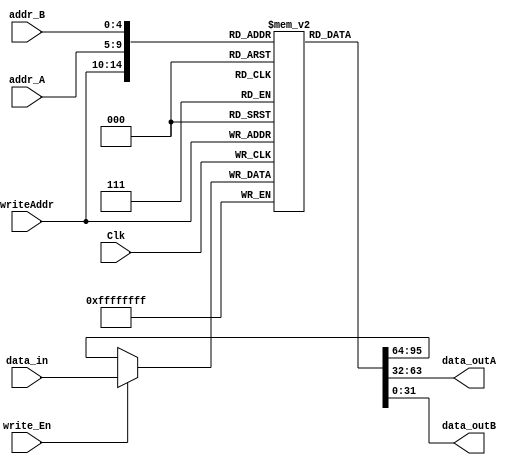
module FP_RegisterFile(data_in, data_outA, data_outB, addr_A, addr_B, writeAddr, write_En, Clk);

    parameter DATA_WIDTH = 32;
    parameter ADDR_WIDTH = 5;

    input   Clk, write_En;
    input   [ADDR_WIDTH - 1:0] addr_A, addr_B, writeAddr;
    input   [DATA_WIDTH - 1:0] data_in;

    output  [DATA_WIDTH - 1:0] data_outA, data_outB;

    reg [DATA_WIDTH - 1:0] registerFile [31:0];

    always @ (posedge Clk) begin
        registerFile[writeAddr] <= (write_En) ? data_in : registerFile[writeAddr];
    end

    assign data_outA = registerFile[addr_A];
    assign data_outB = registerFile[addr_B];
endmodule